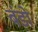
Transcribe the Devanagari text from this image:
बंडो